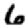
Digit: 6